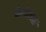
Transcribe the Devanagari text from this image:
पेरॉटचा